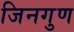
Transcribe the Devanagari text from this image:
जिनगुण